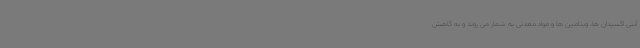
آنتی اکسیدان ها، ویتامین ها و مواد معدنی به شمار می روند و به کاهش